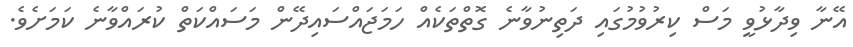
އޭނާ ވިދާޅުވީ މަސް ކިރުވުމުގައި ދަތިނުވާނެ ގޮތްތަކެއް ހަމަޖައްސައިދޭން މަސައްކަތް ކުރައްވާނެ ކަމަށެވެ.